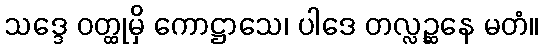
သဒ္ဒေ ဝတ္ထုမှိ ကောဋ္ဌာသေ၊ ပါဒေ တလ္လဉ္ဆနေ မတံ။